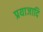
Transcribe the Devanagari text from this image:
प्रयाजादि